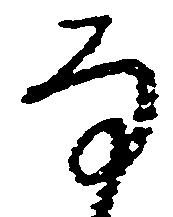
な